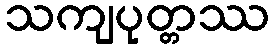
သကျပုတ္တဿ